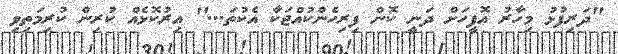
''ދަރިފުޅު މިހާރު އޮފީހަށް ދަނީ ކޮން ފިރިހެންކުއްޖަކާ އެކުތަ...'' އިރުކޮޅެއް ކުރިން ކުރިމަތިވި